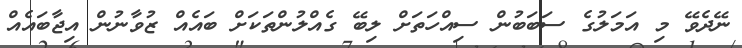
ނޭދެވޭ މި އަމަލުގެ ސަބަބުން ސިއްހަތަށް ލިބޭ ގެއްލުންތަކަށް ބައެއް ޒުވާނުން އިޖާބައެެއް